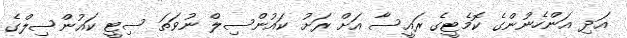
އަދި އަންހެނުންގެ ކޮމެޓީގެ ރައީސާ އަށް ރަށު ކައުންސިލް ނުވަތަ ސިޓީ ކައުންސިލްގެ